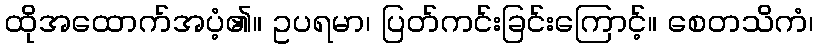
ထိုအထောက်အပံ့၏။ ဥပရမာ၊ ပြတ်ကင်းခြင်းကြောင့်။ စေတသိကံ၊